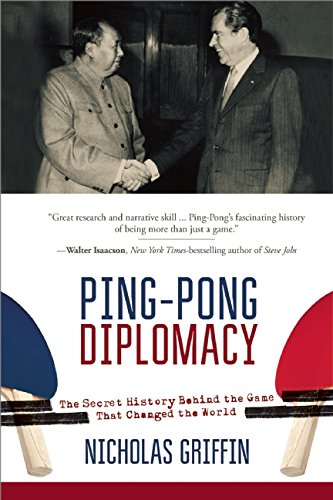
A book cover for Ping-Pong Diplomacy: The Secret History Behind the Game That Changed the World; Nicholas Griffin; Sports & Outdoors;